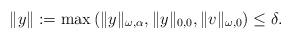
LaTeX: \begin{align*}\|y\|:=\max\left( \|y\|_{\omega,\alpha},\|y\|_{0,0},\|v\|_{\omega,0}\right)\leq \delta.\end{align*}